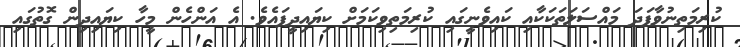
ކުރިމަތިނުވާފަދަ މައްސަލަތަކަކާއި ކައިވެނީގައި ކުރިމަތިވިކަމަށް ކިޔައިދީފައެވެ. އެ އަންހެން މީހާ ކިޔައިދިން ގޮތުގައި